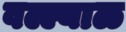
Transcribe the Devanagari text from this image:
वल्ल्याळ